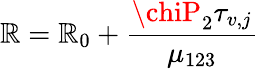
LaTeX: \mathbb{R}=\mathbb{R}_{0}+\frac{{\chiP_{2}\tau_{v,j}}}{{\mu_{123}}}